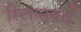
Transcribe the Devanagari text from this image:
स्लिंग्सबाई